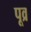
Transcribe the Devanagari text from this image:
पूव्र